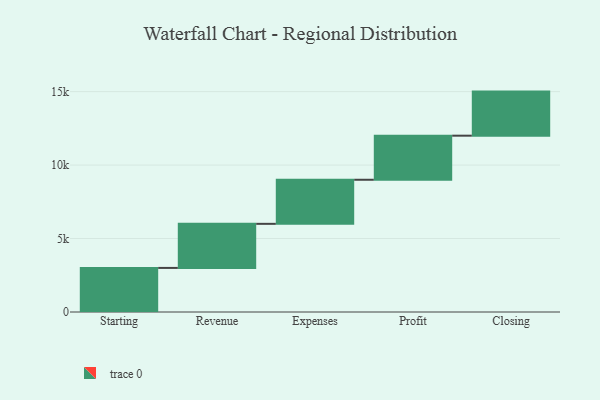
{"axis": {"x": "Step", "y": "Value"}, "legend": [""], "data": [{"x": "Starting", "y": 3000, "type": ""}, {"x": "Revenue", "y": 3000, "type": ""}, {"x": "Expenses", "y": 3000, "type": ""}, {"x": "Profit", "y": 3000, "type": ""}, {"x": "Closing", "y": 3000, "type": ""}]}